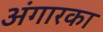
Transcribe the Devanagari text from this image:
अंगारका